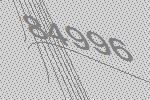
84996